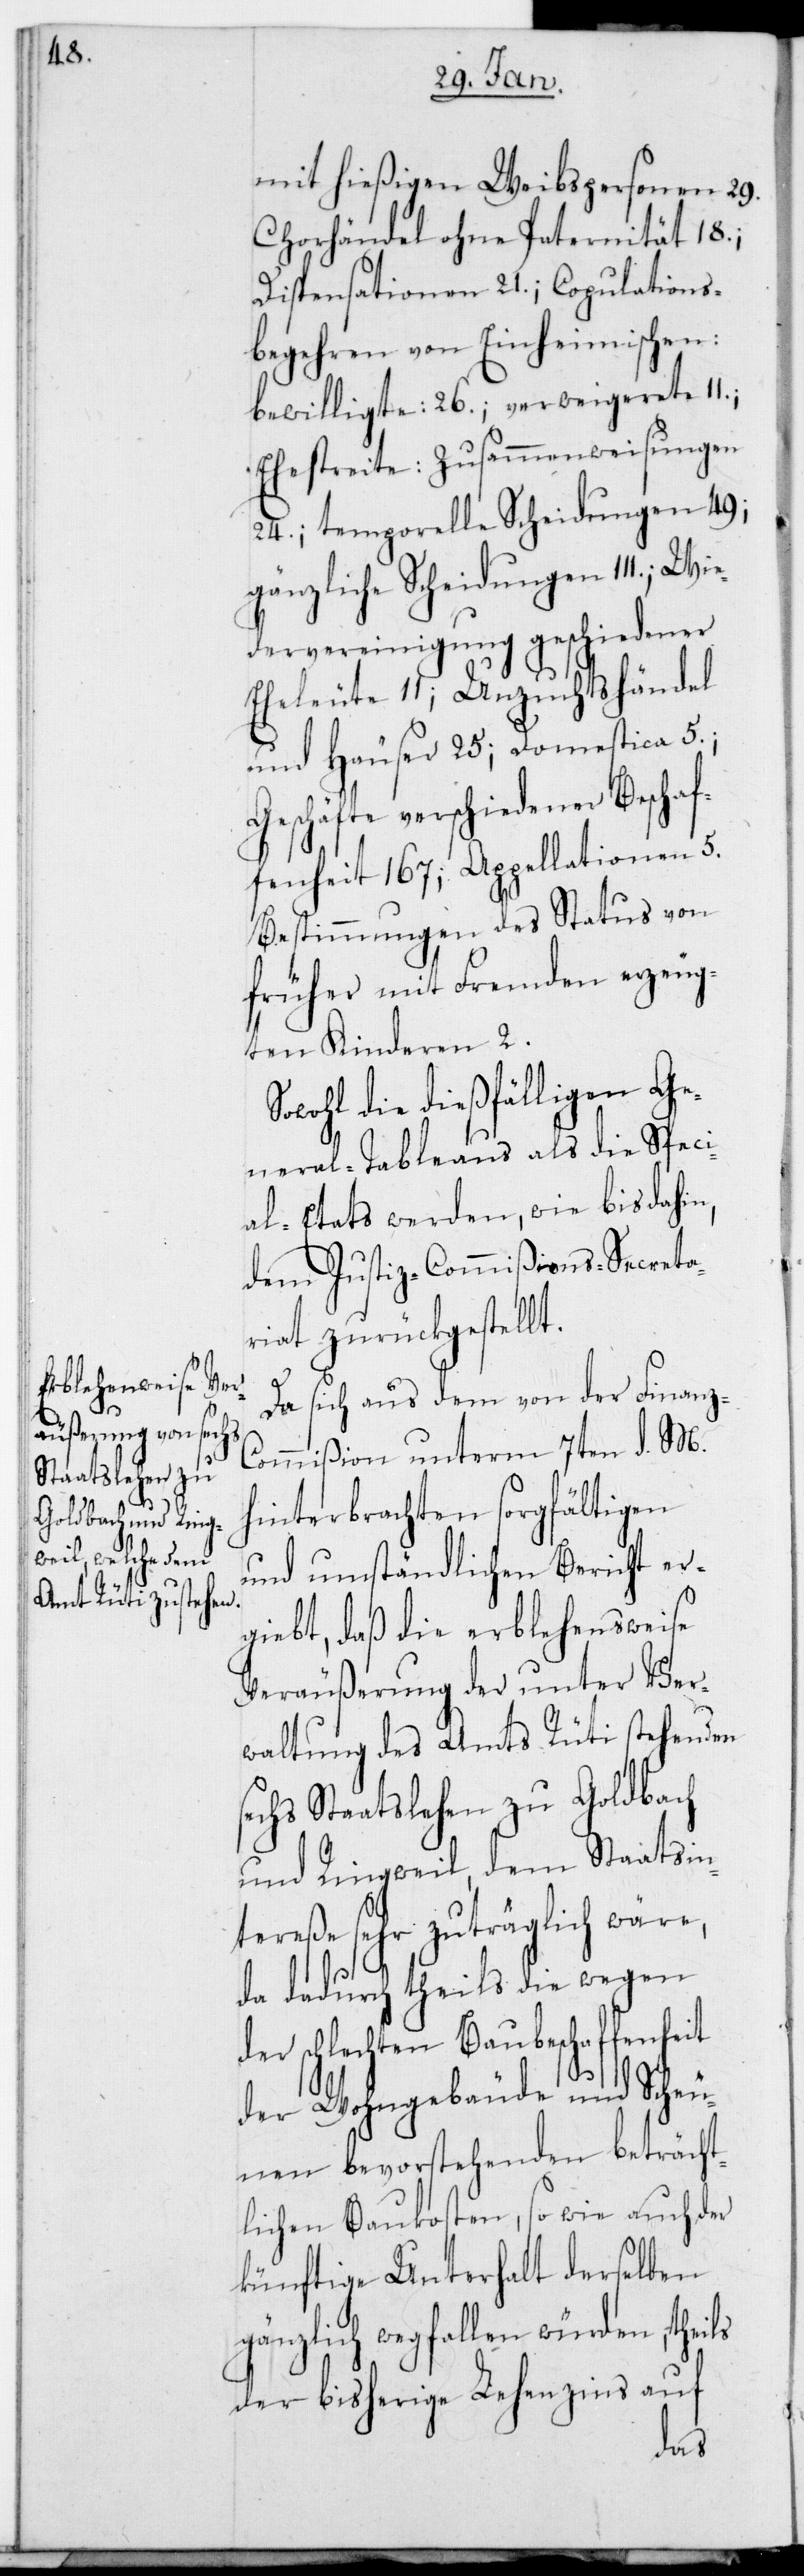
hießigen Weibspersonen 29.
Chorhändel ohne Paternität 18.;
Dispensationen 21.; Copulations¬
begehren von Einheimischen:
bewilligte: 26.; verweigerete 11.;
Ehestreite: Zusammenweisungen
24.; temporelle Scheidungen 49.;
gänzliche Scheidungen 111.; Wie¬
dervereinigung geschiedener
Eheleute 11.; Unzuchtshändel
und Häuser 25; Domestica 5.;
Geschäfte verschiedener Beschaf¬
fenheit 167; Appellationen 5.
Bestimmungen des Status von
früher mit Fremden erzeug¬
ten Kinderen 2.
Sowohl die dießfälligen Ge¬
neral-Tableaus als die Speci¬
al-Etats werden, wie bis dahin,
dem Justiz-Commißions-Secreta¬
riat zurückgestellt.
Da sich aus dem von der Finanz-C¬
ommißion unterm 7ten d. M.
hinterbrachten sorgfältigen
und umständlichen Bericht er¬
giebt, daß die erblehensweise
Veräußerung der unter Ver¬
waltung des Amts Rüti stehenden
sechs Staatslehen zu Goldbach
und Ringweil, dem Staatsin¬
tereße sehr zuträglich wäre,
da dadurch theils die wegen
schlechten Baubeschaffenheit
der Wohngebäude und Scheu¬
nen bevorstehenden beträcht¬
lichen Baukosten, so wie auch der
künftige Unterhalt derselben
gänzlich wegfallen würden, theils
der bisherige Lehenzins auf